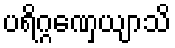
ပရိဂ္ဂဏှေယျာသိ